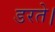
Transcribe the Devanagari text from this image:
डरते।